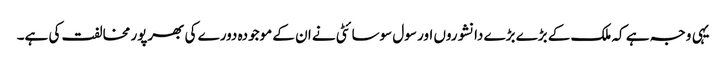
یہی وجہ ہے کہ ملک کے بڑے بڑے دانشوروں اور سول سوسائٹی نے ان کے موجودہ دورے کی بھرپور مخالفت کی ہے۔